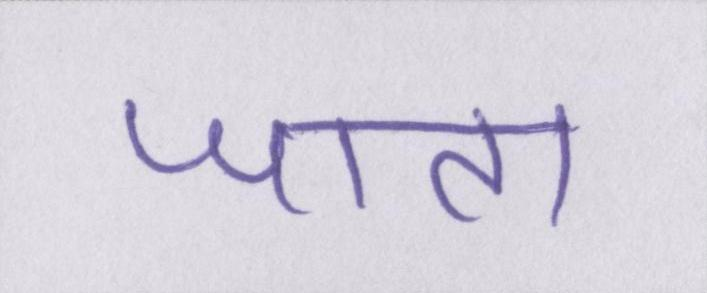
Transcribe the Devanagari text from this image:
जाता।